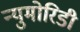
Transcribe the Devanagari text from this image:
न्युमोरिडी